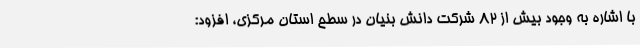
با اشاره به وجود بیش از 82 شرکت دانش بنیان در سطح استان مرکزی، افزود: